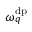
\omega _ { q } ^ { \mathrm { d p } }